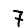
Digit: 7